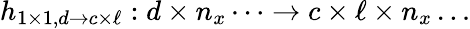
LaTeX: h_{1\times 1,d\rightarrow c\times\ell}:d\times n_{x}\dots\to c\times\ell\times n_{x}\dots